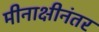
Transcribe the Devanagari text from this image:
मीनाक्षीनंतर